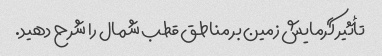
تأثیر گرمایش زمین بر مناطق قطب شمال را شرح دهید.